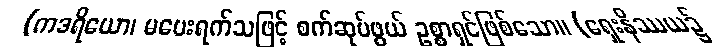
(ကဒရိယော၊ မပေးရက်သဖြင့် စက်ဆုပ်ဖွယ် ဥစ္စာရှင်ဖြစ်သော။ (ရှေးနိဿယ၌